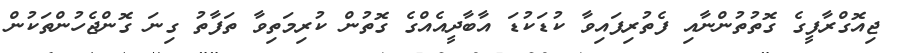
ޖިއޮގްރާފީގެ ގޮތުތުންނާއި ފެތުރިފައިވާ ކުޑަކުޑަ އާބާދީއެއްގެ ގޮތުން ކުރިމަތިވާ ތަފާތު ގިނަ ގޮންޖެހުންތަކުން